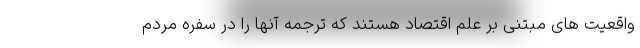
واقعیت های مبتنی بر علم اقتصاد هستند که ترجمه آنها را در سفره مردم